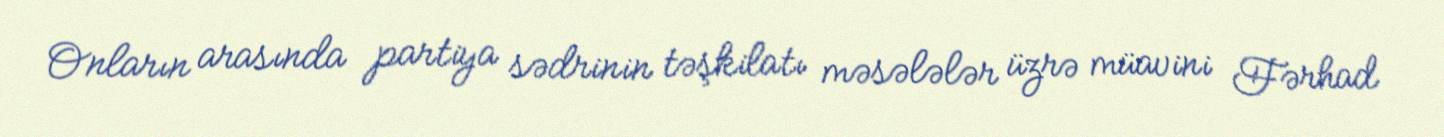
Onların arasında partiya sədrinin təşkilatı məsələlər üzrə müavini Fərhad